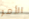
الأمر